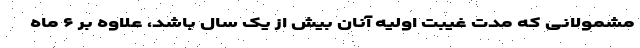
مشمولانی که مدت غیبت اولیه آنان بیش از یک سال باشد، علاوه بر ۶ ماه